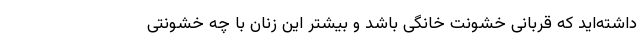
داشته‌اید که قربانی خشونت خانگی باشد و بیشتر این زنان با چه خشونتی